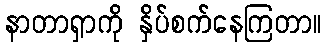
နာတာရှာကို နှိပ်စက်နေကြတာ။